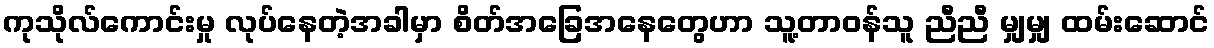
ကုသိုလ်ကောင်းမှု လုပ်နေတဲ့အခါမှာ စိတ်အခြေအနေတွေဟာ သူ့တာဝန်သူ ညီညီ မျှမျှ ထမ်းဆောင်